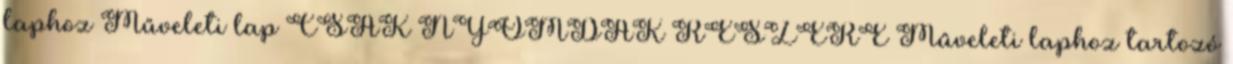
laphoz Műveleti lap CSAK NYOMDÁK RÉSZÉRE Műveleti laphoz tartozó